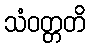
သံဝတ္တတိ